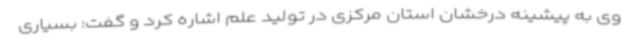
وی به پیشینه درخشان استان مرکزی در تولید علم اشاره کرد و گفت: بسیاری